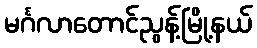
မင်္ဂလာတောင်ညွန့်မြို့နယ်